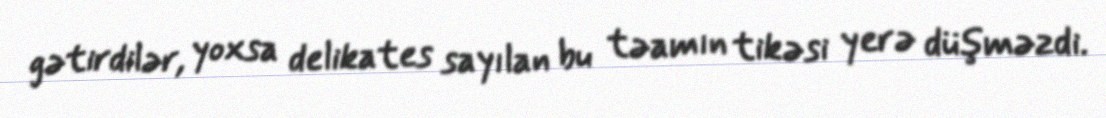
gətirdilər, yoxsa delikates sayılan bu təamın tikəsi yerə düşməzdi.